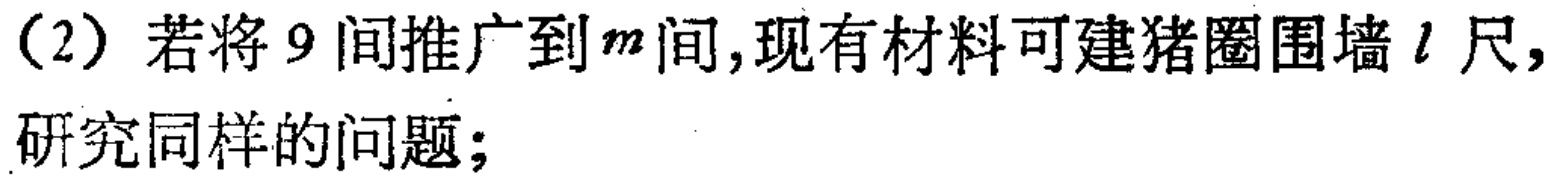
（2）若将$9$间推广到$m$间,现有材料可建猪圈围墙$l$尺,研究同样的问题;